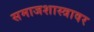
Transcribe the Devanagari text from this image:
समाजशास्त्रावर